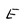
Character: E